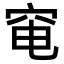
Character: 𥥗